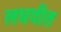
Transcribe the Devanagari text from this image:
लघवीत